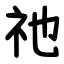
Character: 祂